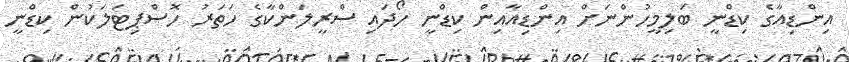
އިންޑިއާގެ ކިޑްނީ ބަލިމީހުންނަށް އިންޑިއާއިން ކިޑްނީ ހޯދައި ސްރީލަންކާގެ ހަތަރު ހޮސްޕިޓަލަކުން ކިޑްނީ